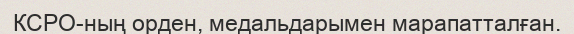
КСРО-ның орден, медальдарымен марапатталған.